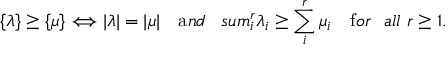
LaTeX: \{ \lambda \} \geq \{ \mu \} \Longleftrightarrow | \lambda | = | \mu | \ \ \ { \mathrm { a } n d } \ \ \, s u m _ { i } ^ { r } \lambda _ { i } \geq \sum _ { i } ^ { r } \mu _ { i } \ \ \ { \mathrm { f } o r \ \ a l l } \ r \geq 1 .